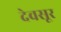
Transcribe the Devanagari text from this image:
देवसूर